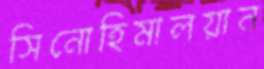
সিনোহিমালয়ান